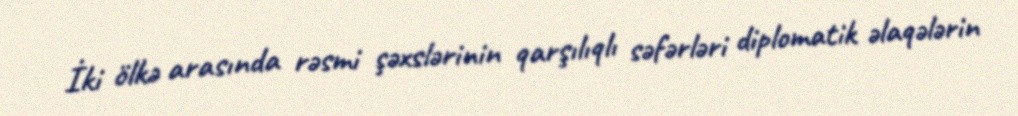
İki ölkə arasında rəsmi şəxslərinin qarşılıqlı səfərləri diplomatik əlaqələrin